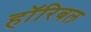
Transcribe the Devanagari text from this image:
हॉरिबल